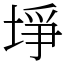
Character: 埩